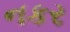
નકર